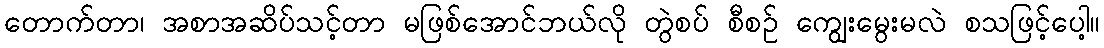
တောက်တာ၊ အစာအဆိပ်သင့်တာ မဖြစ်အောင်ဘယ်လို တွဲစပ် စီစဉ် ကျွေးမွေးမလဲ စသဖြင့်ပေါ့။